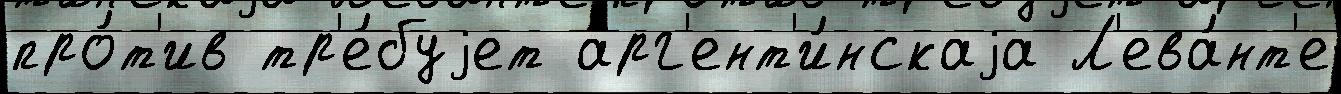
про́т'ив тр'е́буjет арг'ент'и́нскаjа Л'ева́нт'е